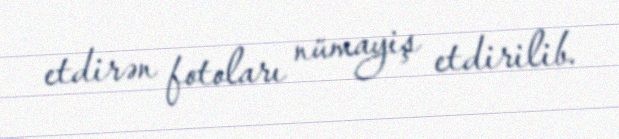
etdirən fotoları nümayiş etdirilib.